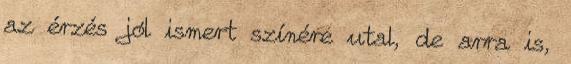
az érzés jól ismert színére utal, de arra is,